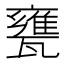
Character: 甕